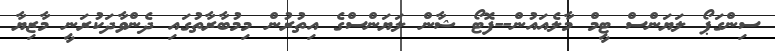
ސިންގަޕޯ ލަޔަންސް ޓީމް މާލެއައުން--ފޮޓޯ ޝާން ލަޔަންސްގެ އިތުރުން މިމުބާރާތުގައި ދެންވާދަކުރަނީ މާޒިޔާ